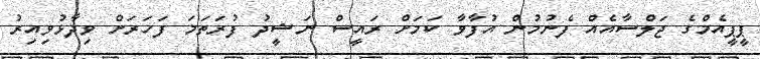
ޕީޕީއެމްގެ ޖަލްސާއެއް ފެނުމުން އުފާވާ ކަމަށް ރައީސް ނަޝީދު ފުރަތަމަ ފަހަރަށް ވިދާޅުވިއިރު